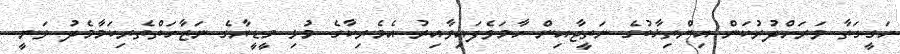
ހަގީގަތާ ވަރަށްދުރުކަން އިންތިޚާބުގެ ނަތީޖާއިން ހާމަވެފައިވާއިރު އެމެރިކާގެ މުޅި މީޑީޔާގެ ނަޒާހަތްތެރިކަމާމެދު ވަނީ